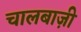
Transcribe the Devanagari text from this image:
चालबाज़ी